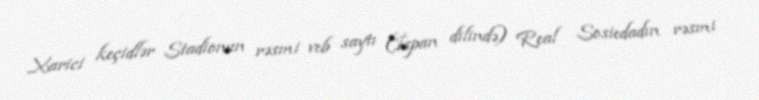
Xarici keçidlər Stadionun rəsmi veb saytı (İspan dilində) Real Sosiedadın rəsmi